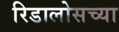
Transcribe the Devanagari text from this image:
रिडालोसच्या